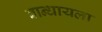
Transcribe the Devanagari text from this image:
बान्धायला